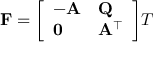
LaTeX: \mathbf { F } = { \left[ \begin{array} { l l } { - \mathbf { A } } & { \mathbf { Q } } \\ { \mathbf { 0 } } & { \mathbf { A } ^ { \top } } \end{array} \right] } T